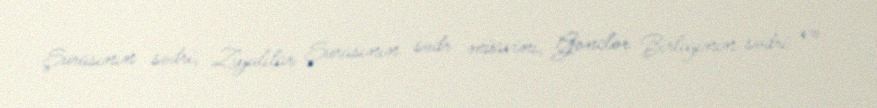
Şurasının sədri, Ziyalılar Şurasının sədr müavini, Gənclər Birliyinin sədri və